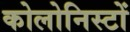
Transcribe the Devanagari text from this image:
कोलोनिस्टों